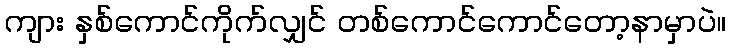
ကျား နှစ်ကောင်ကိုက်လျှင် တစ်ကောင်ကောင်တော့နာမှာပဲ။